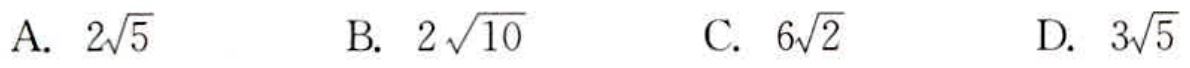
A. \(2\sqrt{5}\)  B. \(2\sqrt{10}\)  C. \(6\sqrt{2}\)  D. \(3\sqrt{5}\)